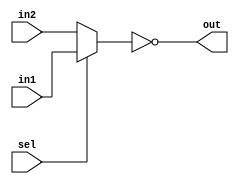
module MUX2_1
(
    input wire in1, in2, sel,      //sel -> KEY0, in1 -> KEY1, in2 -> KEY2
    output wire out                //out -> LED0
);
    
    assign out = ~(sel ? in1 : in2); //LED

endmodule